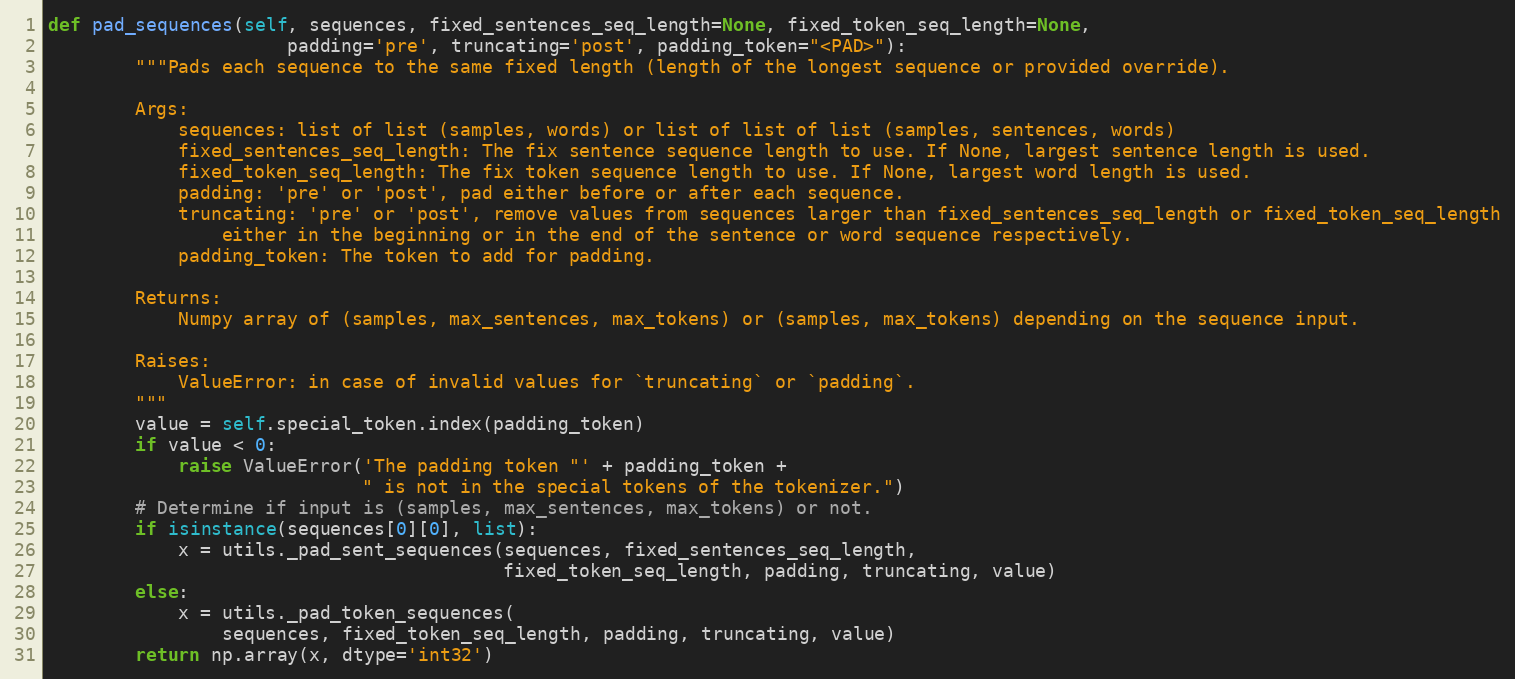
Language: Python
def pad_sequences(self, sequences, fixed_sentences_seq_length=None, fixed_token_seq_length=None,
                      padding='pre', truncating='post', padding_token="<PAD>"):
        """Pads each sequence to the same fixed length (length of the longest sequence or provided override).

        Args:
            sequences: list of list (samples, words) or list of list of list (samples, sentences, words)
            fixed_sentences_seq_length: The fix sentence sequence length to use. If None, largest sentence length is used.
            fixed_token_seq_length: The fix token sequence length to use. If None, largest word length is used.
            padding: 'pre' or 'post', pad either before or after each sequence.
            truncating: 'pre' or 'post', remove values from sequences larger than fixed_sentences_seq_length or fixed_token_seq_length
                either in the beginning or in the end of the sentence or word sequence respectively.
            padding_token: The token to add for padding.

        Returns:
            Numpy array of (samples, max_sentences, max_tokens) or (samples, max_tokens) depending on the sequence input.

        Raises:
            ValueError: in case of invalid values for `truncating` or `padding`.
        """
        value = self.special_token.index(padding_token)
        if value < 0:
            raise ValueError('The padding token "' + padding_token +
                             " is not in the special tokens of the tokenizer.")
        # Determine if input is (samples, max_sentences, max_tokens) or not.
        if isinstance(sequences[0][0], list):
            x = utils._pad_sent_sequences(sequences, fixed_sentences_seq_length,
                                          fixed_token_seq_length, padding, truncating, value)
        else:
            x = utils._pad_token_sequences(
                sequences, fixed_token_seq_length, padding, truncating, value)
        return np.array(x, dtype='int32')